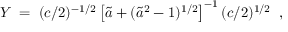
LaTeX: Y \; = \; ( c / 2 ) ^ { - 1 / 2 } \left[ \tilde { a } + ( \tilde { a } ^ { 2 } - 1 ) ^ { 1 / 2 } \right] ^ { - 1 } ( c / 2 ) ^ { 1 / 2 } \; \; ,